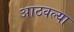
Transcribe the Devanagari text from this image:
आठवल्या